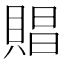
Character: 𧶧